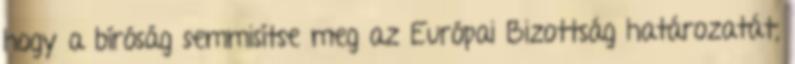
hogy a bíróság semmisítse meg az Európai Bizottság határozatát,